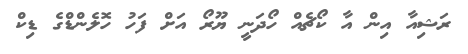
ރަޝިއާ އިން އާ ކޯޗެއް ހޯދަނީ ޔޫރޯ އަށް ފަހު ހޮލެންޑްގެ ޑިކް